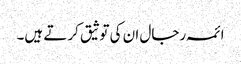
ائمہ رجال ان کی توثیق کرتے ہیں۔